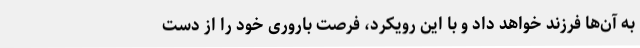
به آن‌ها فرزند خواهد داد و با این رویکرد، فرصت باروری خود را از دست